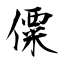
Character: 僳